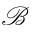
\mathcal { B }